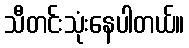
သီတင်းသုံးနေပါတယ်။